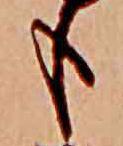
も